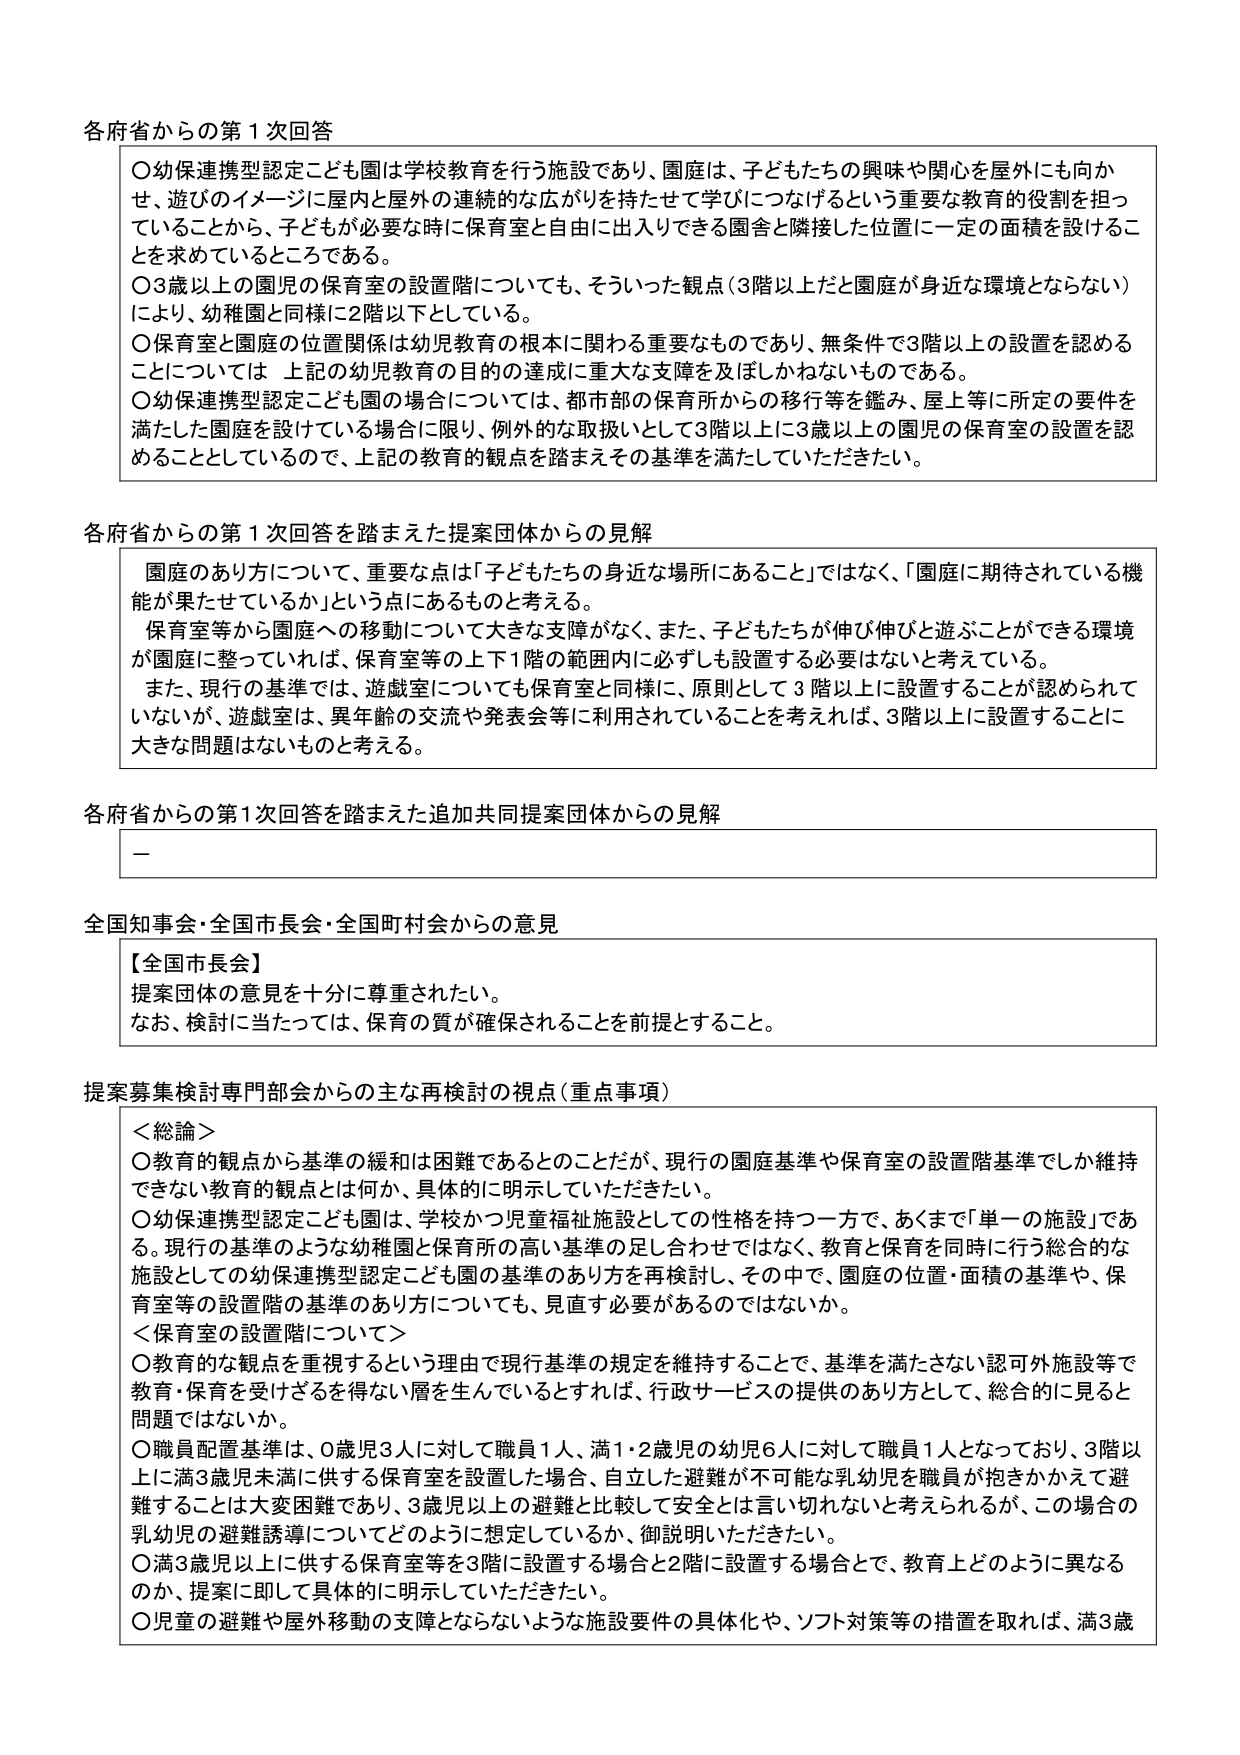
各府省からの第1次回答

〇幼保連携型認定こども園は学校教育を行う施設であり、園庭は、子どもたちの興味や関心を屋外にも向かせ、遊びのイメージに屋内と屋外の連続的な広がりを持たせて学びにつなげるという重要な教育的役割を担っていることから、子どもが必要な時に保育室と自由に出入りできる園舎と隣接した位置に一定の面積を設けることを求めているところである。

〇3歳以上の園児の保育室の設置階についても、そういった観点（3階以上だと園庭が身近な環境とならない）により、幼稚園と同様に2階以下としている。

〇保育室と園庭の位置関係は幼児教育の根本に関わる重要なものであり、無条件で3階以上の設置を認めることについては、上記の幼児教育の目的の達成に重大な支障を及ぼしかねないものである。

〇幼保連携型認定こども園の場合については、都市部の保育所からの移行等を鑑み、屋上等に所定の要件を満たした園庭を設けている場合に限り、例外的な取扱いとして3階以上に3歳以上の園児の保育室の設置を認めることとしているので、上記の教育的観点を踏まえその基準を満たしていただきたい。

各府省からの第1次回答を踏まえた提案団体からの見解

園庭のあり方について、重要な点は「子どもたちの身近な場所にあること」ではなく、「園庭に期待されている機能が果たせているか」という点にあるものと考える。

保育室等から園庭への移動について大きな支障がなく、また、子どもたちが伸び伸びと遊ぶことができる環境が園庭に整っていれば、保育室等の上下1階の範囲内に必ずしも設置する必要はないと考えている。

また、現行の基準では、遊戯室についても保育室と同様に、原則として3階以上に設置することが認められていないが、遊戯室は、異年齢の交流や発表会等に利用されていることを考えれば、3階以上に設置することに大きな問題はないものと考える。

各府省からの第1次回答を踏まえた追加共同提案団体からの見解

－

全国知事会・全国市長会・全国町村会からの意見

【全国市長会】
提案団体の意見を十分に尊重されたい。
なお、検討に当たっては、保育の質が確保されることを前提とすること。

提案募集検討専門部会からの主な再検討の視点（重点事項）

＜総論＞
〇教育的観点から基準の緩和は困難であるとのことだが、現行の園庭基準や保育室の設置階基準でしか維持できない教育的観点とは何か、具体的に明示していただきたい。
〇幼保連携型認定こども園は、学校かつ児童福祉施設としての性格を持つ一方で、あくまで「単一の施設」である。現行の基準のような幼稚園と保育所の高い基準の足し合わせではなく、教育と保育を同時に行う総合的な施設としての幼保連携型認定こども園の基準のあり方を再検討し、その中で、園庭の位置・面積の基準や、保育室等の設置階の基準のあり方についても、見直す必要があるのではないか。

＜保育室の設置階について＞
〇教育的な観点を重視するという理由で現行基準の規定を維持することで、基準を満たさない認可外施設等で教育・保育を受けざるを得ない層を生んでいるとすれば、行政サービスの提供のあり方として、総合的に見ると問題ではないか。
〇職員配置基準は、0歳児3人に対して職員1人、満1・2歳児の幼児6人に対して職員1人となっており、3階以上に満3歳児未満に供する保育室を設置した場合、自立した避難が不可能な乳幼児を職員が抱きかかえて避難することは大変困難であり、3歳児以上の避難と比較して安全とは言い切れないと考えられるが、この場合の乳幼児の避難誘導についてどのように想定しているか、御説明いただきたい。
〇満3歳児以上に供する保育室等を3階に設置する場合と2階に設置する場合とで、教育上どのように異なるのか、提案に即して具体的に明示していただきたい。
〇児童の避難や屋外移動の支障とならないような施設要件の具体化や、ソフト対策等の措置を取れば、満3歳